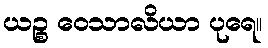
ယဉ္စ ဝေသာလိယာ ပုရေ။